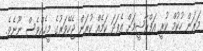
މަރަން ހުކުމް ކުރީ އަފްރާޝީމަށް އެފަދަ ކަމެއް ކުރަން ޖެހޭވަރުގެ މީހެއްވެސް ނޫނެވެ.